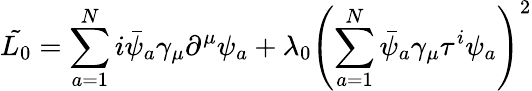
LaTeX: \tilde{L_{0}}=\sum_{a=1}^{N}i\bar{\psi}_{a}\gamma_{\mu}\partial^{\mu}\psi_{a}+\lambda_{0}\left(\sum_{a=1}^{N}\bar{\psi}_{a}\gamma_{\mu}\tau^{i}\psi_{a}\right)^{2}